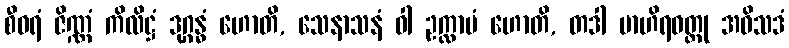
စီဝရံ ဇိဏ္ဏံ ကိလိဋ္ဌံ ဒုဂ္ဂန္ဓံ ဟောတိ, သေနာသနံ ဝါ ဥက္လာပံ ဟောတိ, တဒါ ဗာဟိရဝတ္ထု အဝိသဒံ